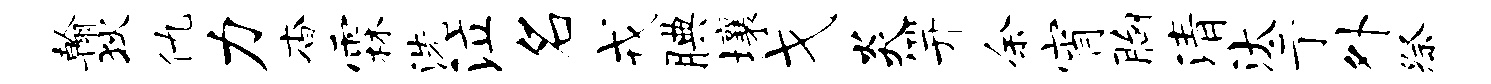
翰狄仇力杳霖洗泣名戎腆壤戈炎笄余宵胸清汰亍外祭